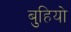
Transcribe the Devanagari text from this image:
बुहियो